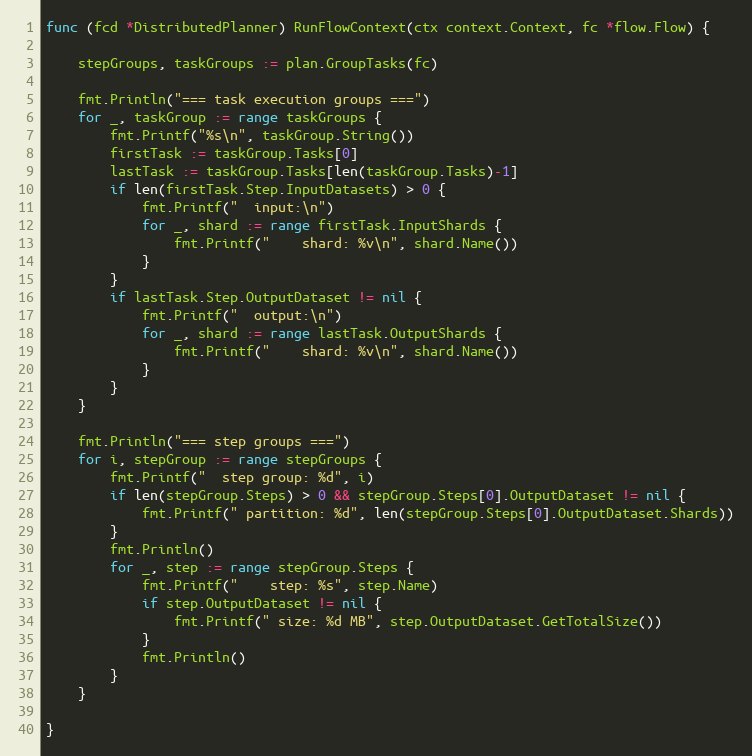
Language: Go
func (fcd *DistributedPlanner) RunFlowContext(ctx context.Context, fc *flow.Flow) {

	stepGroups, taskGroups := plan.GroupTasks(fc)

	fmt.Println("=== task execution groups ===")
	for _, taskGroup := range taskGroups {
		fmt.Printf("%s\n", taskGroup.String())
		firstTask := taskGroup.Tasks[0]
		lastTask := taskGroup.Tasks[len(taskGroup.Tasks)-1]
		if len(firstTask.Step.InputDatasets) > 0 {
			fmt.Printf("  input:\n")
			for _, shard := range firstTask.InputShards {
				fmt.Printf("    shard: %v\n", shard.Name())
			}
		}
		if lastTask.Step.OutputDataset != nil {
			fmt.Printf("  output:\n")
			for _, shard := range lastTask.OutputShards {
				fmt.Printf("    shard: %v\n", shard.Name())
			}
		}
	}

	fmt.Println("=== step groups ===")
	for i, stepGroup := range stepGroups {
		fmt.Printf("  step group: %d", i)
		if len(stepGroup.Steps) > 0 && stepGroup.Steps[0].OutputDataset != nil {
			fmt.Printf(" partition: %d", len(stepGroup.Steps[0].OutputDataset.Shards))
		}
		fmt.Println()
		for _, step := range stepGroup.Steps {
			fmt.Printf("    step: %s", step.Name)
			if step.OutputDataset != nil {
				fmt.Printf(" size: %d MB", step.OutputDataset.GetTotalSize())
			}
			fmt.Println()
		}
	}

}